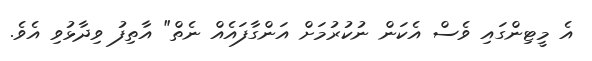
އެ މީޓިންގައި ވެސް އެކަން ނުކުރުމަށް އަންގާފައެއް ނެތް" އާތިފު ވިދާޅުވި އެވެ.